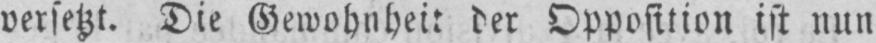
versetzt. Die Gewohnheit der Opposition ist nun